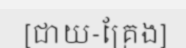
[ជាយ-គ្រែង]